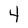
Character: 4